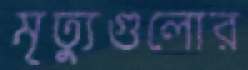
মৃত্যুগুলোর